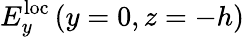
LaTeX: E_{y}^{\mathrm{loc}}\left(y=0,z=-h\right)